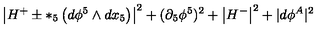
\left| H ^ { + } \pm * _ { 5 } \left( d \phi ^ { 5 } \wedge d x _ { 5 } \right) \right| ^ { 2 } + ( \partial _ { 5 } \phi ^ { 5 } ) ^ { 2 } + \left| H ^ { - } \right| ^ { 2 } + | d \phi ^ { A } | ^ { 2 }